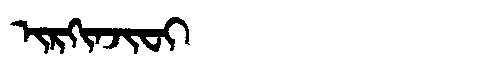
Manchu: ᡳᡵᡴᡳᠨᠵᡳᠸᡳ
Romanization: IRKINJIFI